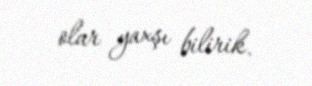
olar yaxşı bilirik.